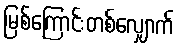
မြစ်ကြောင်းတစ်လျှောက်